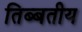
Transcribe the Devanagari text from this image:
तिब्बतीय